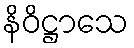
နိဝိဋ္ဌာသေ